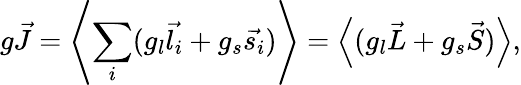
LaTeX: g{\vec{J}}=\left\langle\sum_{i}(g_{l}{\vec{l_{i}}}+g_{s}{\vec{s_{i}}})\right\rangle=\left\langle(g_{l}{\vec{L}}+g_{s}{\vec{S}})\right\rangle,